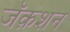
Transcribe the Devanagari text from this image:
जॅक़शन